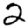
Digit: 2